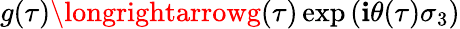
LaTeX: g(\tau)\longrightarrowg(\tau)\exp\left(\mathbf{i}\theta(\tau)\sigma_{3}\right)